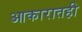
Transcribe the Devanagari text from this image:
आकारातही